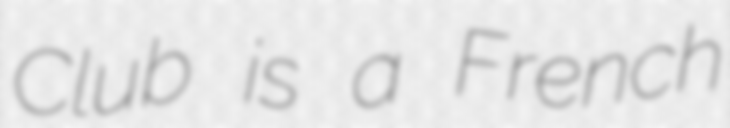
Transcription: Club is a French